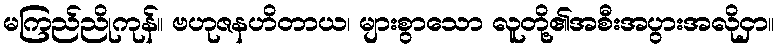
မကြည်ညိုကုန်။ ဗဟုဇနဟိတာယ၊ များစွာသော လူတို့၏အစီးအပွားအလိုငှာ။